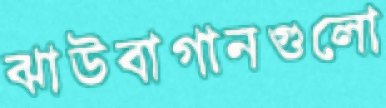
ঝাউবাগানগুলো